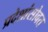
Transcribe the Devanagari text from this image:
प्रदेशांसोबत